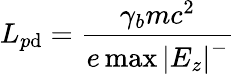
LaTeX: L_{p\mathrm{d}}=\frac{{\gamma_{b}mc^{2}}}{{e\operatorname*{max}\left|E_{z}\right|^{-}}}